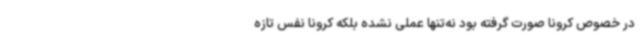
در خصوص کرونا صورت گرفته بود نه‌تنها عملی نشده بلکه کرونا نفس تازه